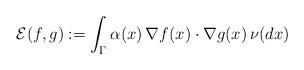
LaTeX: \begin{align*}\mathcal{E}(f,g)&:=\int_{\Gamma} \alpha(x)\,\nabla f(x)\cdot\nabla g(x) \,\nu(dx)\end{align*}